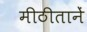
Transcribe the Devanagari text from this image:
मीठीतानें